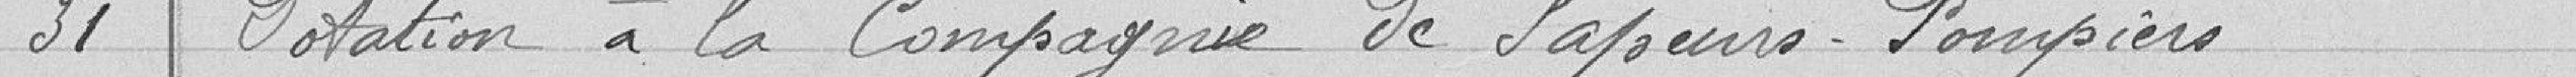
31 Dotation à la Compagnie de Sapeurs-pompiers